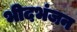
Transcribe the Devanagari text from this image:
भीदभंजन